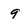
Character: 9